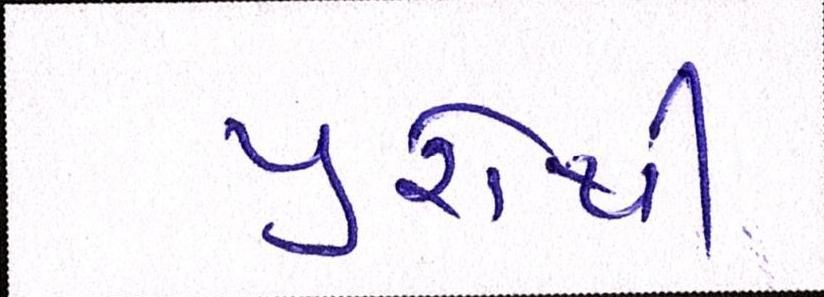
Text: યુરોથી